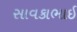
સાવકાભાઈ